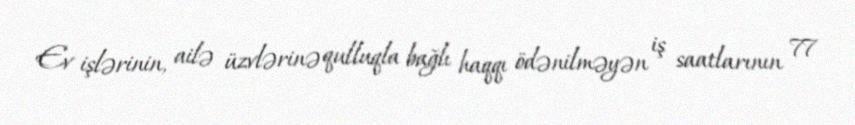
Ev işlərinin, ailə üzvlərinə qulluqla bağlı haqqı ödənilməyən iş saatlarının 77